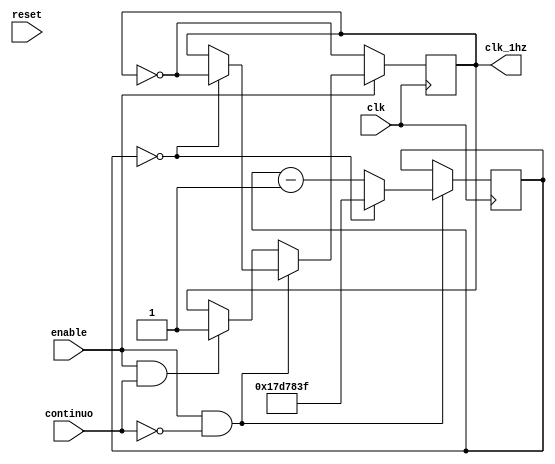
module tiempos (input wire clk, reset, enable, continuo,output reg clk_1hz);

reg [24:0] counter;
initial 
begin
    counter = 0;
    clk_1hz = 0;
end

	always @(posedge clk) 
	begin
		if(enable && !continuo) begin
			 if (counter == 0) begin
				  counter <= 24999999;
				  clk_1hz <= ~clk_1hz;
			 end 
			 else begin
				  counter <= counter - 1;
			 end
		 end
		else if(enable && continuo) begin
				clk_1hz <= 1;
		end
		
		if(!enable) begin
				clk_1hz <= ~clk_1hz;
		end
	end


endmodule

module sound (input wire [7:0] outCPU1, input wire s_enable, output reg [51:0] sonido);

always @(*)
 begin
  
  if(s_enable && outCPU1 >= 8'b00011110)
		sonido <= 17980;
  else if(s_enable && outCPU1 >= 8'b00010100)
	   sonido <= 19200;
  else if(s_enable && outCPU1 >= 8'b00001010)
	   sonido <= 19200;
  else if(s_enable && outCPU1 >= 8'b00000101)
      sonido <= 24000;
  else if(s_enable && outCPU1 >= 8'b00000001)
      sonido <= 28800;
  else if(s_enable && outCPU1 == 8'b0)
      sonido <= 32000;
  else
		sonido <= 0;
 end

 endmodule
 
 module sound_continuado(input wire reset, input wire [7:0] outCPU1, output reg cont);
 
	always @(*)
	begin
		if(reset)
		begin
			cont <= 1'b0;
		end
		else if(outCPU1 == 8'b0)
		begin
			cont <= 1'b1;
		end
		else
		begin
			cont <= 1'b0;
		end
	end
 
 endmodule